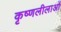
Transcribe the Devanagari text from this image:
कृष्णलीलाओं